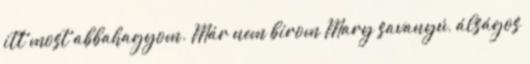
itt most abbahagyom. Már nem bírom Mary savanyú, álságos